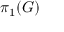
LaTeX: \pi _ { 1 } ( G )